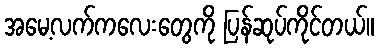
အမေ့လက်ကလေးတွေကို ပြန်ဆုပ်ကိုင်တယ်။